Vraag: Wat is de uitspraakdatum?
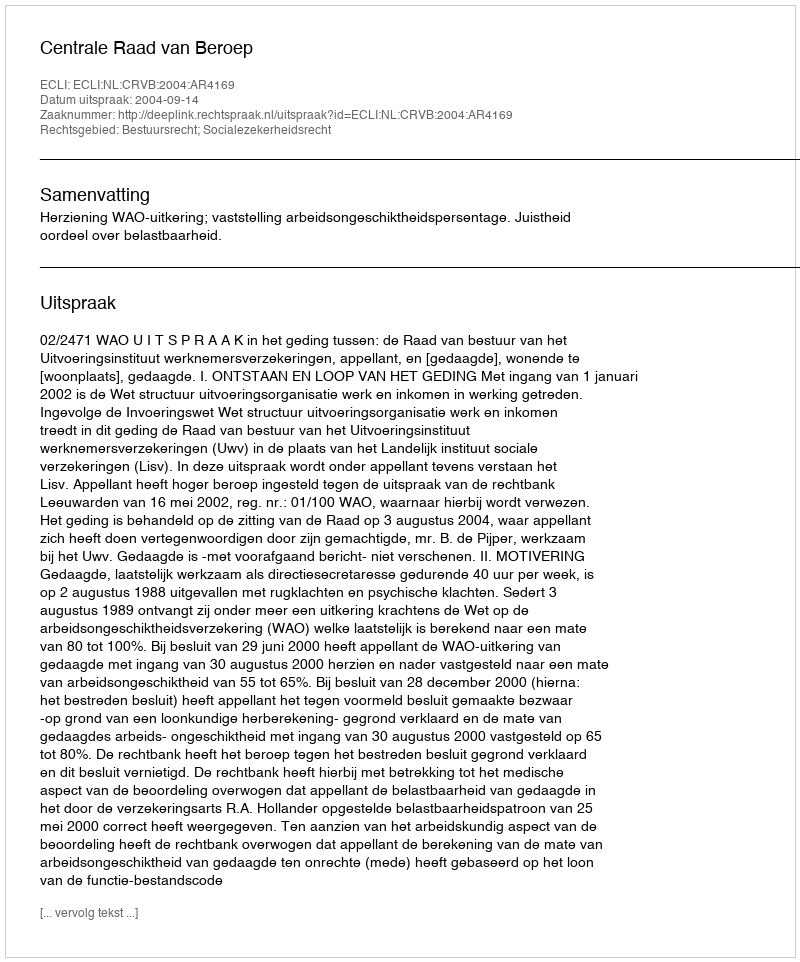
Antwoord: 2004-09-14